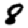
Digit: 8